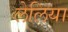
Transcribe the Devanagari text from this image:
लेलिया